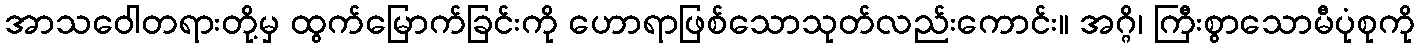
အာသဝေါတရားတို့မှ ထွက်မြောက်ခြင်းကို ဟောရာဖြစ်သောသုတ်လည်းကောင်း။ အဂ္ဂိ၊ ကြီးစွာသောမီပုံစုကို